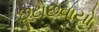
છૂટોછવાયો